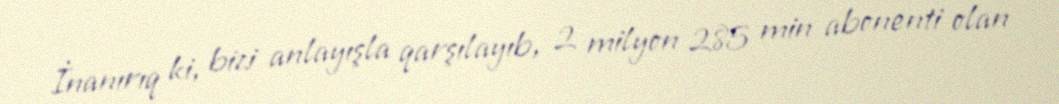
İnanırıq ki, bizi anlayışla qarşılayıb, 2 milyon 285 min abonenti olan